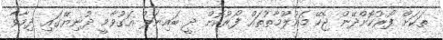
ތަކަށް ފޯރުކޮށްދޭން ޖެހޭ މައުލޫމާތުތައް ފޯރުކޮށް ދީ ބައިނަލް އަގުވާމީ ދުނިޔޭގައި ދިމާވާ